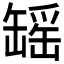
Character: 𫄾